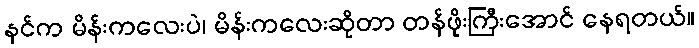
နင်က မိန်းကလေးပဲ၊ မိန်းကလေးဆိုတာ တန်ဖိုးကြီးအောင် နေရတယ်။